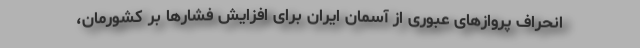
انحراف پروازهای عبوری از آسمان ایران برای افزایش فشارها بر کشورمان،